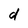
Character: d